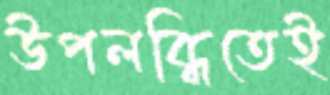
উপলব্ধিতেই